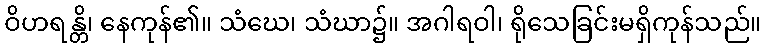
ဝိဟရန္တိ၊ နေကုန်၏။ သံဃေ၊ သံဃာ၌။ အဂါရဝါ၊ ရိုသေခြင်းမရှိကုန်သည်။